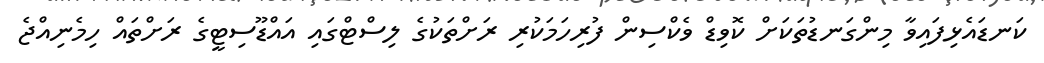
ކަނޑައެޅިފައިވާ މިންގަނޑުތަކަށް ކޮވިޑް ވެކްސިން ފުރިހަމަކުރި ރަށްތަކުގެ ލިސްޓްގައި އައްޑޫސިޓީގެ ރަށްތައް ހިމެނިއްޖެ